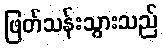
ဖြတ်သန်းသွားသည်